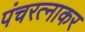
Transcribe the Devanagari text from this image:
पंचरत्नाकर